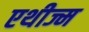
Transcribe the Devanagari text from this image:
एथीज्म